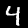
Label: 4